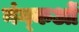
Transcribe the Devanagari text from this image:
नंग्‍कओं